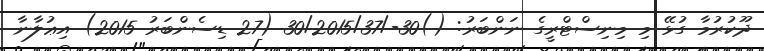
ދޫކުރުމާ ގުޅޭ މި މިނިސްޓްރީގެ ނަންބަރު: ()30-/30/2015/37 (27 ޑިސެންބަރު 2015) އިޢުލާނާ